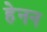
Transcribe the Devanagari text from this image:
हेनन